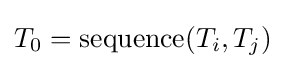
T_{0}={\mbox{sequence}}(T_{i},T_{j})